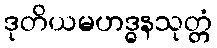
ဒုတိယမဟဒ္ဓနသုတ္တံ